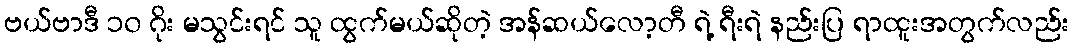
ဗယ်ဗာဒီ ၁၀ ဂိုး မသွင်းရင် သူ ထွက်မယ်ဆိုတဲ့ အန်ဆယ်လော့တီ ရဲ့ ရီးရဲ နည်းပြ ရာထူးအတွက်လည်း